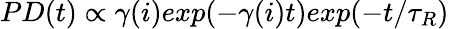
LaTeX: PD(t)\propto\gamma(i)exp(-\gamma(i)t)exp(-t/\tau_{R})